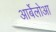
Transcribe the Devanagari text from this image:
आर्बेलोआ